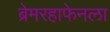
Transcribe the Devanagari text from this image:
ब्रेमरहाफेनला